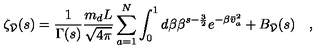
\zeta _ { \bar { \cal V } } ( s ) = \frac { 1 } { \Gamma ( s ) } \frac { m _ { d } L } { \sqrt { 4 \pi } } \sum _ { a = 1 } ^ { N } \int _ { 0 } ^ { 1 } d \beta \beta ^ { s - \frac { 3 } { 2 } } e ^ { - \beta \bar { v } _ { a } ^ { 2 } } + B _ { \bar { \cal V } } ( s ) \quad ,